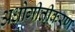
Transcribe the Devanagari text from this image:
अधोगीतीकरण